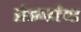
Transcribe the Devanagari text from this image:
सेकण्डहैण्ड